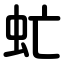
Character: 虻